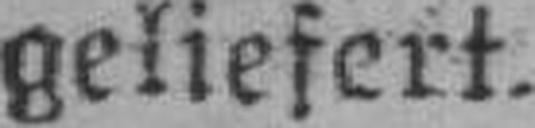
geliefert.